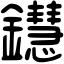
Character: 𨯚